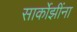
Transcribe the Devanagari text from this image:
सार्कोझींना